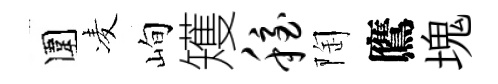
圍凌峋矱稳陶鷹塊